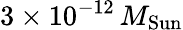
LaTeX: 3\times 10^{-12}\, M_{\mathrm{Sun}}